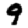
Digit: 9